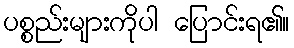
ပစ္စည်းများကိုပါ ပြောင်းရ၏။